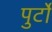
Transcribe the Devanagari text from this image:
पुर्टो